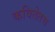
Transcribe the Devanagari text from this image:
कवितेतच